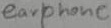
Text: earphone